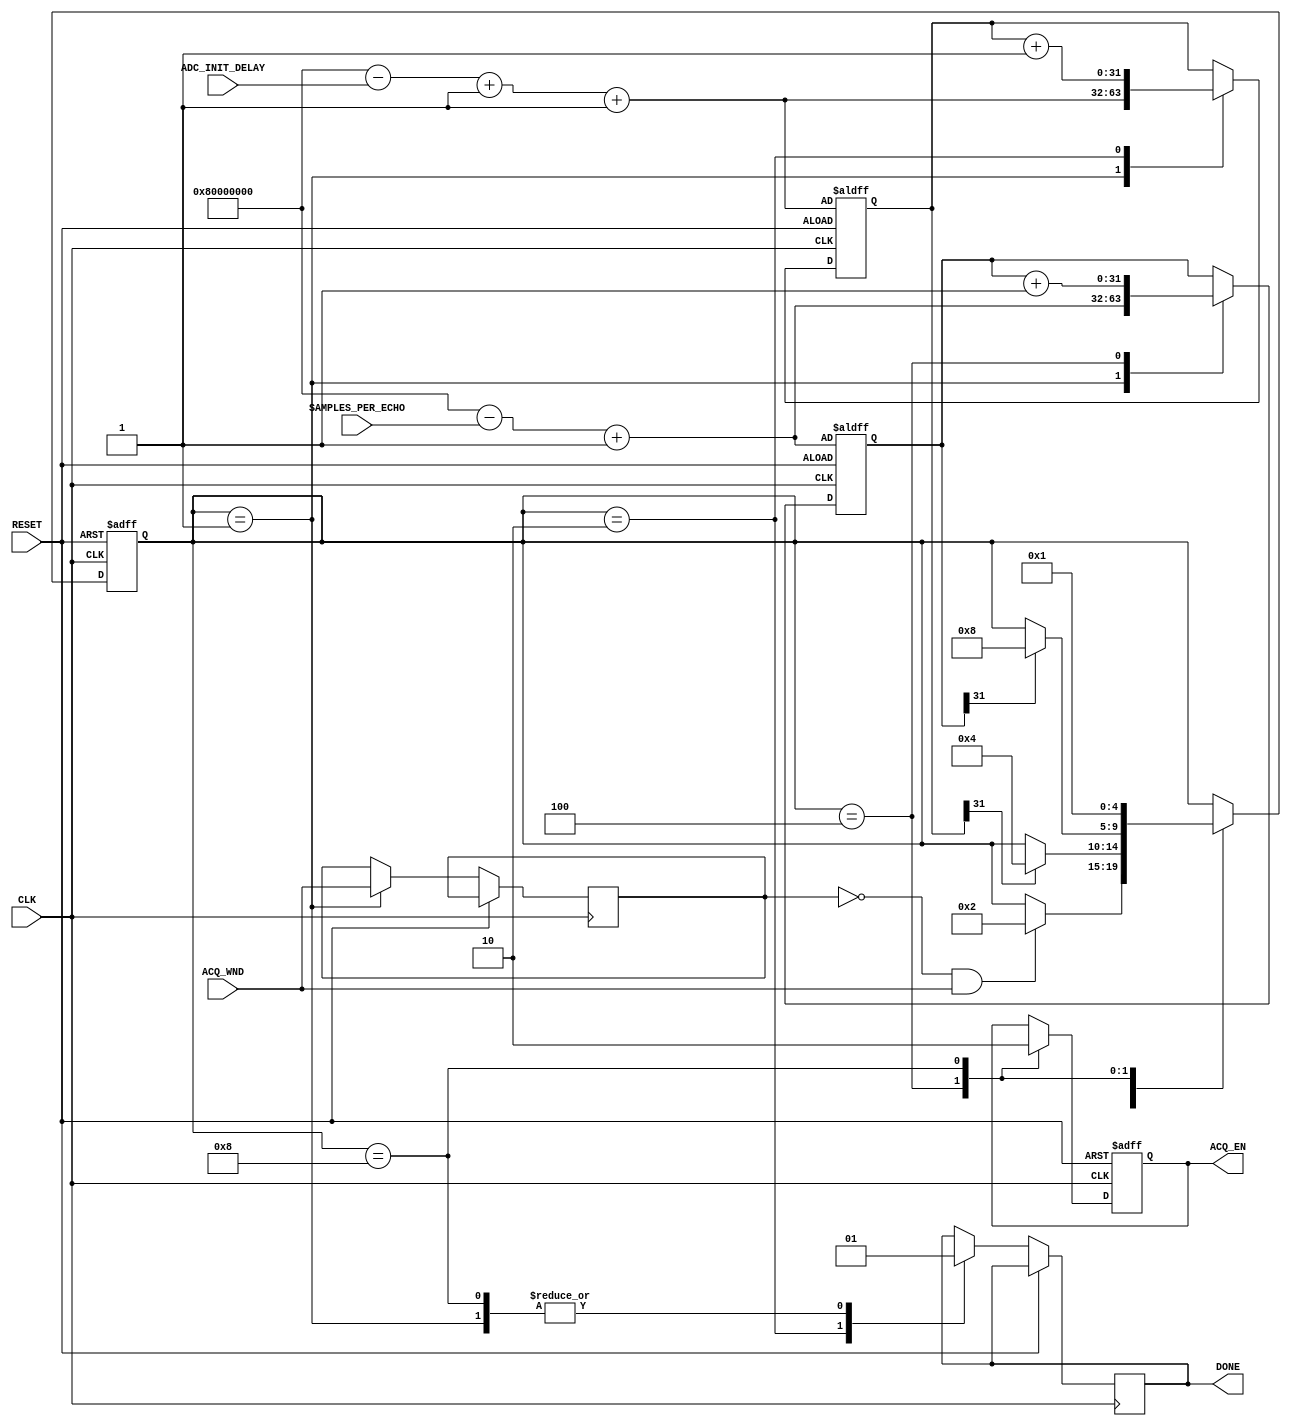
/*

	this is the active window generator for ADC acquisition
	it computes the ADC initial delay in the delay_with_acquisition window
	and generate another window for the real ADC data acquisition, which
	in general will be shorter than the original delay_with_acqusition window
	The window for ADC real acquisition itself will be proportional to the length
	of SAMPLES_PER_ECHO or in KeA2 it is called number-of-points.

*/

module ADC_ACQ_WINGEN
# (
	parameter SAMPLES_PER_ECHO_WIDTH = 32,
	parameter ADC_INIT_DELAY_WIDTH = 32 
)
(

	// parameters
	input [ADC_INIT_DELAY_WIDTH-1:0] ADC_INIT_DELAY,		// minimum value of 2
	input [SAMPLES_PER_ECHO_WIDTH-1:0] SAMPLES_PER_ECHO,	// minimum value of 1
	
	// control signal
	input ACQ_WND,
	output reg ACQ_EN,
	output reg DONE,
	
	// system signal
	input CLK,
	input RESET
);
	
	reg [ADC_INIT_DELAY_WIDTH-1:0] ADC_DELAY_CNT;
	wire [ADC_INIT_DELAY_WIDTH-1:0] ADC_DELAY_CNT_LOADVAL;
	reg [SAMPLES_PER_ECHO_WIDTH-1:0] SAMPLES_PER_ECHO_CNT;
	wire [SAMPLES_PER_ECHO_WIDTH-1:0] SAMPLES_PER_ECHO_CNT_LOADVAL;
	
	reg TOKEN; // token to avoid restarting ACQ_EN window when the ACQ_WND is long
	
	reg [4:0] State;
	localparam [4:0]
		S0 = 5'b00001,
		S1 = 5'b00010,
		S2 = 5'b00100,
		S3 = 5'b01000,
		S4 = 5'b10000;
		
	
	assign ADC_DELAY_CNT_LOADVAL = {1'b1,{ (ADC_INIT_DELAY_WIDTH-1) {1'b0} }} - ADC_INIT_DELAY + 1'b1 + 1'b1;
	assign SAMPLES_PER_ECHO_CNT_LOADVAL = {1'b1,{ (SAMPLES_PER_ECHO_WIDTH-1) {1'b0} }} - SAMPLES_PER_ECHO + 1'b1;
	
	initial
	begin
		ADC_DELAY_CNT <= {ADC_INIT_DELAY_WIDTH{1'b0}};
		SAMPLES_PER_ECHO_CNT <= {SAMPLES_PER_ECHO_WIDTH{1'b0}};
		TOKEN <= 1'b0;
	end
	
	always @(posedge CLK, posedge RESET)
	begin
		if (RESET)
		begin
			ACQ_EN <= 1'b0;
			ADC_DELAY_CNT <= ADC_DELAY_CNT_LOADVAL;
			SAMPLES_PER_ECHO_CNT <= SAMPLES_PER_ECHO_CNT_LOADVAL;
			State <= S0;
		end
		
		else
		begin
			
			case (State)
				
				S0 : // wait for the acquisition window timing
				begin
					ADC_DELAY_CNT <= ADC_DELAY_CNT_LOADVAL;
					SAMPLES_PER_ECHO_CNT <= SAMPLES_PER_ECHO_CNT_LOADVAL;
					TOKEN <= ACQ_WND;
					DONE <= 1'b1;
					if (TOKEN == 1'b0 && ACQ_WND == 1'b1) // detecting ACQ_WND rising edge
						State <= S1;
				end
				
				S1 : // wait for the given ADC initial delay
				begin
					ADC_DELAY_CNT <= ADC_DELAY_CNT + 1'b1;
					DONE <= 1'b0;
					if (ADC_DELAY_CNT[ADC_INIT_DELAY_WIDTH-1])
						State <= S2;
				end
				
				S2 : // enable ACQ_EN
				begin
					SAMPLES_PER_ECHO_CNT <= SAMPLES_PER_ECHO_CNT + 1'b1;
					ACQ_EN <= 1'b1;
					if (SAMPLES_PER_ECHO_CNT[SAMPLES_PER_ECHO_WIDTH-1])
						State <= S3;
				end
				
				S3 : // clear the ACQ_EN and finish the state machine
				begin
					ACQ_EN <= 1'b0;
					State <= S0;
					DONE <= 1'b1;
				end
				
			endcase
			
		end
	end

endmodule